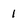
Character: 1